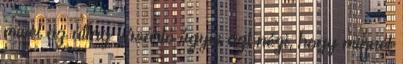
mivel az átlag vásárló úgyis azt nézi, hogy minnél